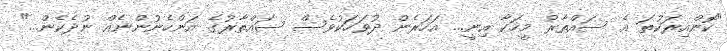
"ކޮންއިރަކުތަ އެ ސައްތާރު މީހަކާ އިނީ... އަހަރެން ދުވަހަކުވެސް ސައްތާރުގެ އަންހެނުންނެއް ނުދެކެން..."